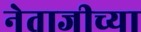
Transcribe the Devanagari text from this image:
नेताजीच्या